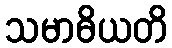
သမာဓိယတိ